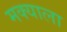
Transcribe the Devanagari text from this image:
मक्याला